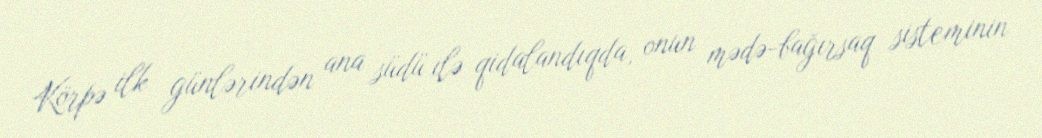
Körpə ilk günlərindən ana südü ilə qidalandıqda, onun mədə-bağırsaq sisteminin